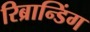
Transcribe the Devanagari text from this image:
रिब्रान्डिंग